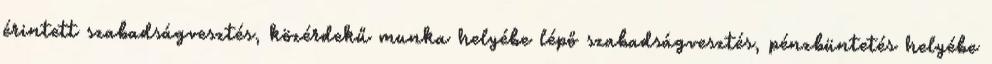
érintett szabadságvesztés, közérdekű munka helyébe lépő szabadságvesztés, pénzbüntetés helyébe